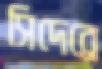
সিদেব্রে